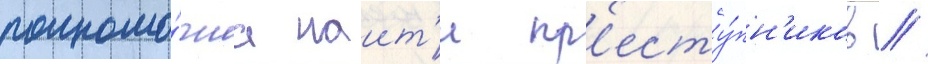
полномо́чиа наит'и пр'есту́пн'иков /